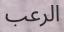
الرعب